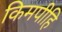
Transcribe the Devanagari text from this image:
किमपीहि